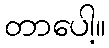
တာပေါ့။